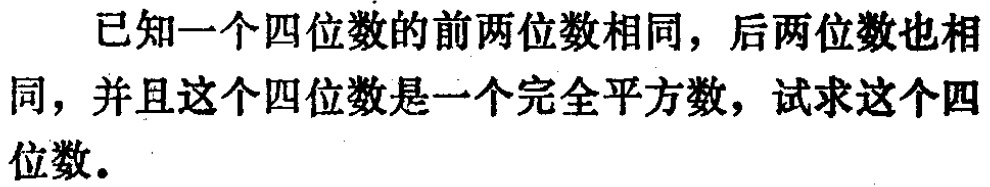
已知一个四位数的前两位数相同，后两位数也相同，并且这个四位数是一个完全平方数，试求这个四位数。